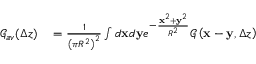
\begin{array} { r l } { \mathcal { G } _ { a v } ( \Delta z ) } & { { } = \frac { 1 } { \left( \pi R ^ { 2 } \right) ^ { 2 } } \int d \mathbf { x } d \mathbf { y } e ^ { - \frac { \mathbf { x } ^ { 2 } + \mathbf { y } ^ { 2 } } { R ^ { 2 } } } \mathcal { G } \left( \mathbf { x } - \mathbf { y } , \Delta z \right) } \end{array}